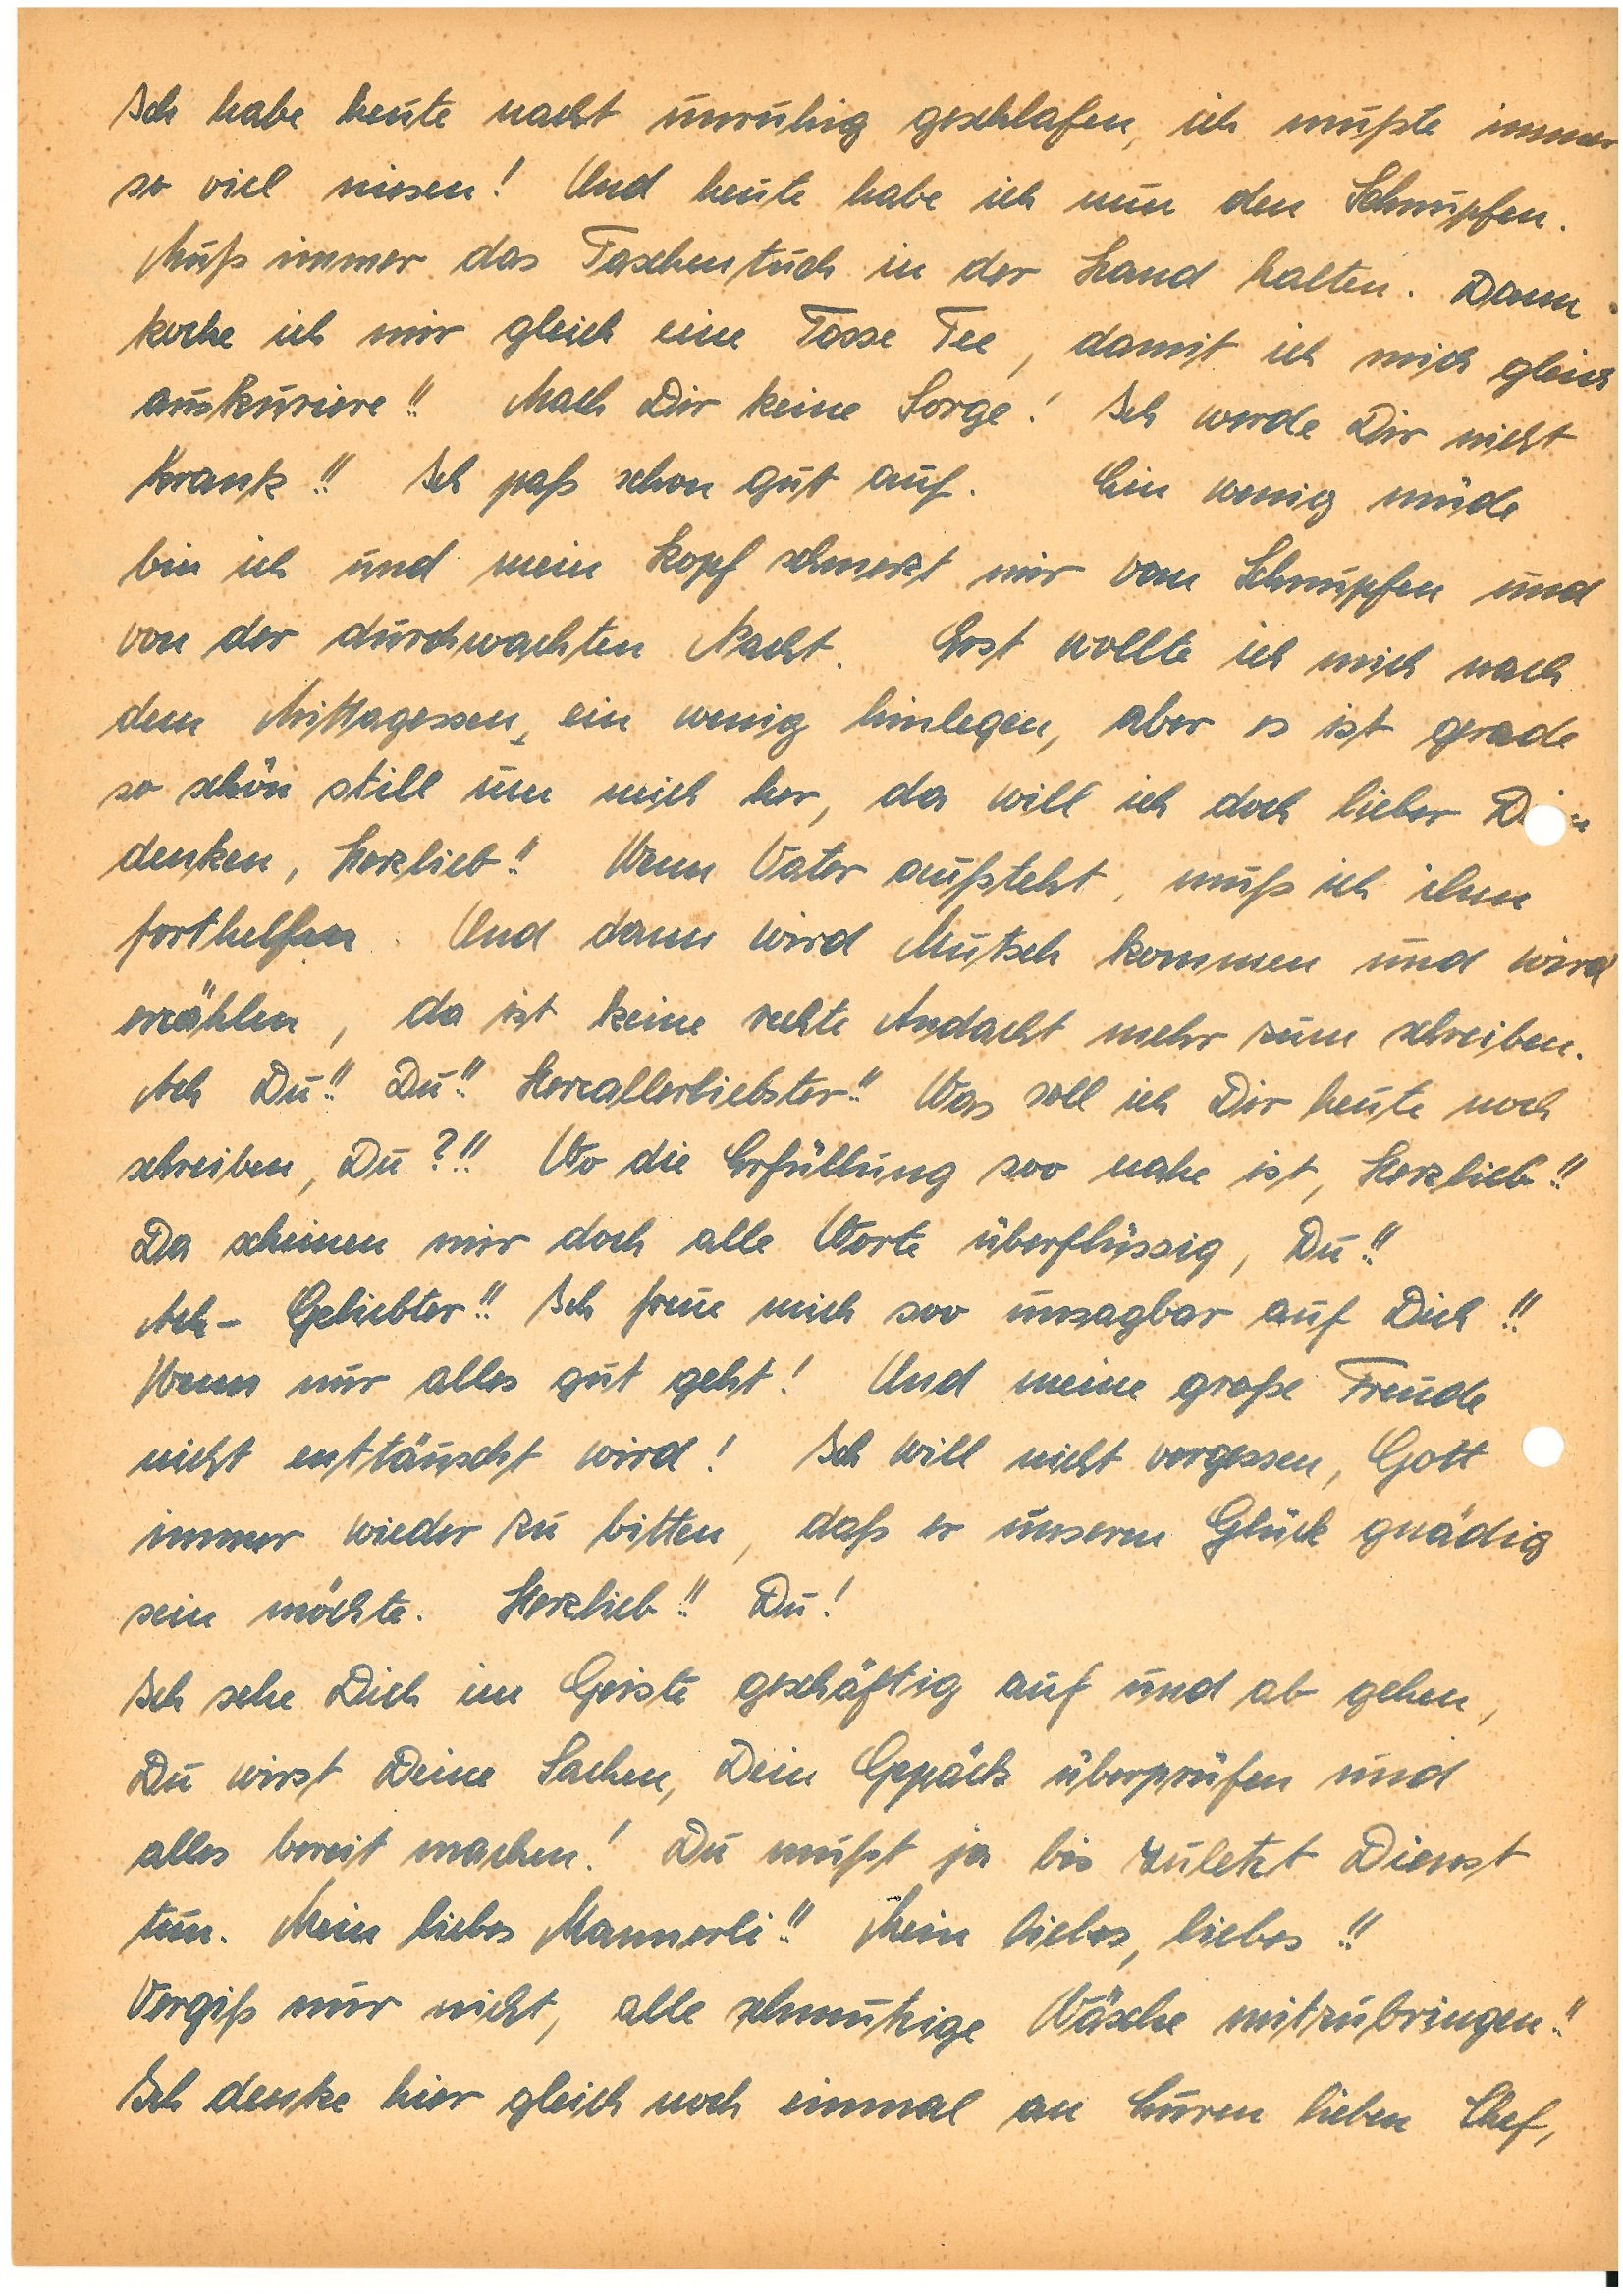
Ich habe heute nacht unruhig geschlafen, ich mußte immer
so viel niesen! Und heute habe ich nun den Schnupfen.
Muß immer das Taschentuch in der Hand halten. Dann
koche ich mir gleich eine Tasse Tee, damit ich mich gleich
auskuriere!! Mach Dir keine Sorge! Ich werde Dir nicht
krank!! Ich paß schon gut auf. Ein wenig müde
bin ich und mein Kopf schmerzt mir vom Schnupfen und
von der durchwachten Nacht. Erst wollte ich mich nach
dem Mittagessen ein wenig hinlegen, aber es ist gerade
so schön still um mich her, da will ich doch lieber Dn
denken, Herzlieb!! Wenn Vater aufsteht, muß ich ihm
forthelfen. Und dann wird Mutsch kommen und wird
erzählen, da ist keine rechte Andacht mehr zum schreiben.
Ach Du!! Du!! Herzallerliebster!! Was soll ich Dir heute noch
schreiben, Du?!! Wo die Erfüllung soo nahe ist, Herzlieb!!
Da scheinen mir doch alle Worte überflüssig, Du!!
Ach – Geliebter!! Ich freue mich soo unsagbar auf Dich!!
Wenn nur alles gut geht! Und meine große Freude
nicht enttäuscht wird! Ich will nicht vergessen, Gott
immer wieder zu bitten, daß er unserem Glück gnädig
sein möchte. Herzlieb!! Du!
Ich sehe Dich im Geiste geschäftig auf und ab gehen,
Du wirst Deine Sachen, Dein Gepäck überprüfen und
alles bereit machen! Du musst ja bis zuletzt Dienst
tun. Mein liebes Mannerli!! Mein liebes, liebes!!
Vergiß mir nicht, alle schmutzige Wäsche mitzubringen!!
Ich denke hier gleich noch einmal an Euren lieben Chef,